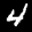
Label: 4